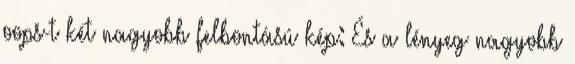
oops-t két nagyobb felbontású kép: És a lényeg nagyobb